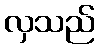
လှသည်